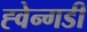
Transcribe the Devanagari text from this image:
ह्वेन्गडी